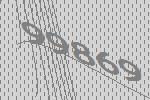
99869